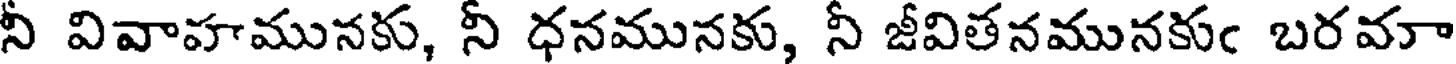
నీ వివాహమునకు, నీ ధనమునకు, నీ జీవితనమునకుఁ బరవాా